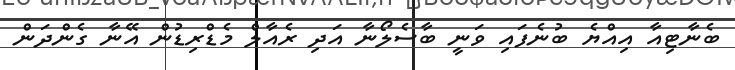
ބެނާޓިއާ އިއްޔެ ބުނެފައި ވަނީ ބާސެލޯނާ އަދި ރެއާލް މެޑްރިޑުން އޭނާ ގެންދަން